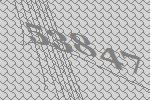
53847